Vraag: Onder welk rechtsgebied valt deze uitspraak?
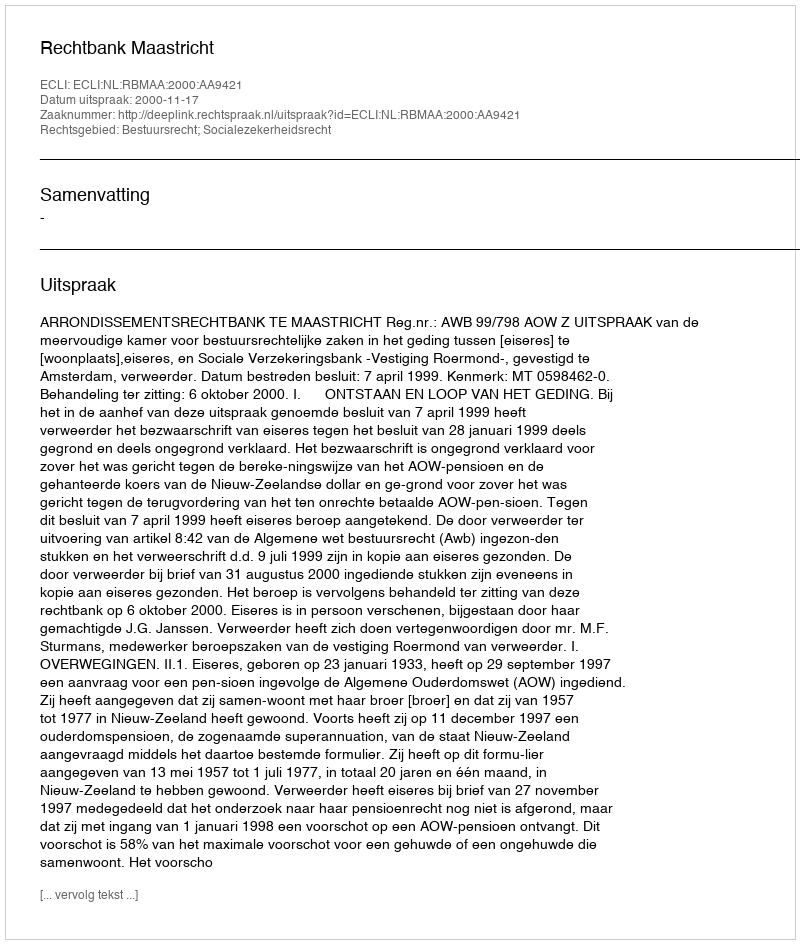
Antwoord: Bestuursrecht; Socialezekerheidsrecht